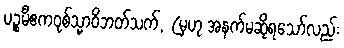
ပဉ္စမီဧကဝုစ်သ္မာဝိဘတ်သက်, (မှဟု အနက်မဆိုရသော်လည်း